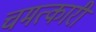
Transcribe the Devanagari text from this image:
चमत्‍कारी